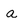
Character: a